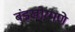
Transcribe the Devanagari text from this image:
बंडखोरपणे